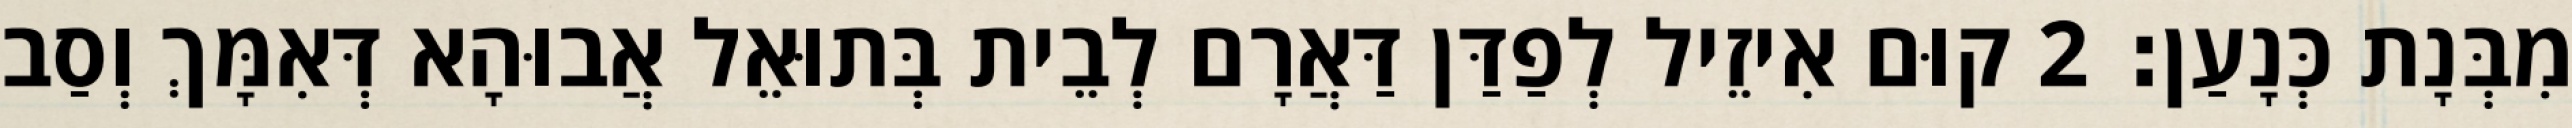
מִבְּנָת כְּנָעַן׃ 2 קוּם אִיזֵיל לְפַדַּן דַּאֲרָם לְבֵית בְּתוּאֵל אֲבוּהָא דְּאִמָּךְ וְסַב